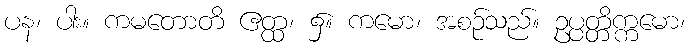
ပန၊ ပါး။ ကမတောတိ ဧတ္ထ၊ ၌။ ကမော၊ အစဉ်သည်။ ဥပ္ပတ္တိက္ကမော၊